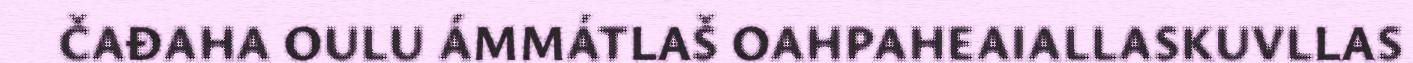
ČAĐAHA OULU ÁMMÁTLAŠ OAHPAHEAIALLASKUVLLAS